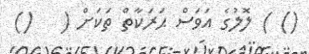
() ) ލޮލުގެ އަވަސް ޙަރަކާތް ތަކަށް (   ()